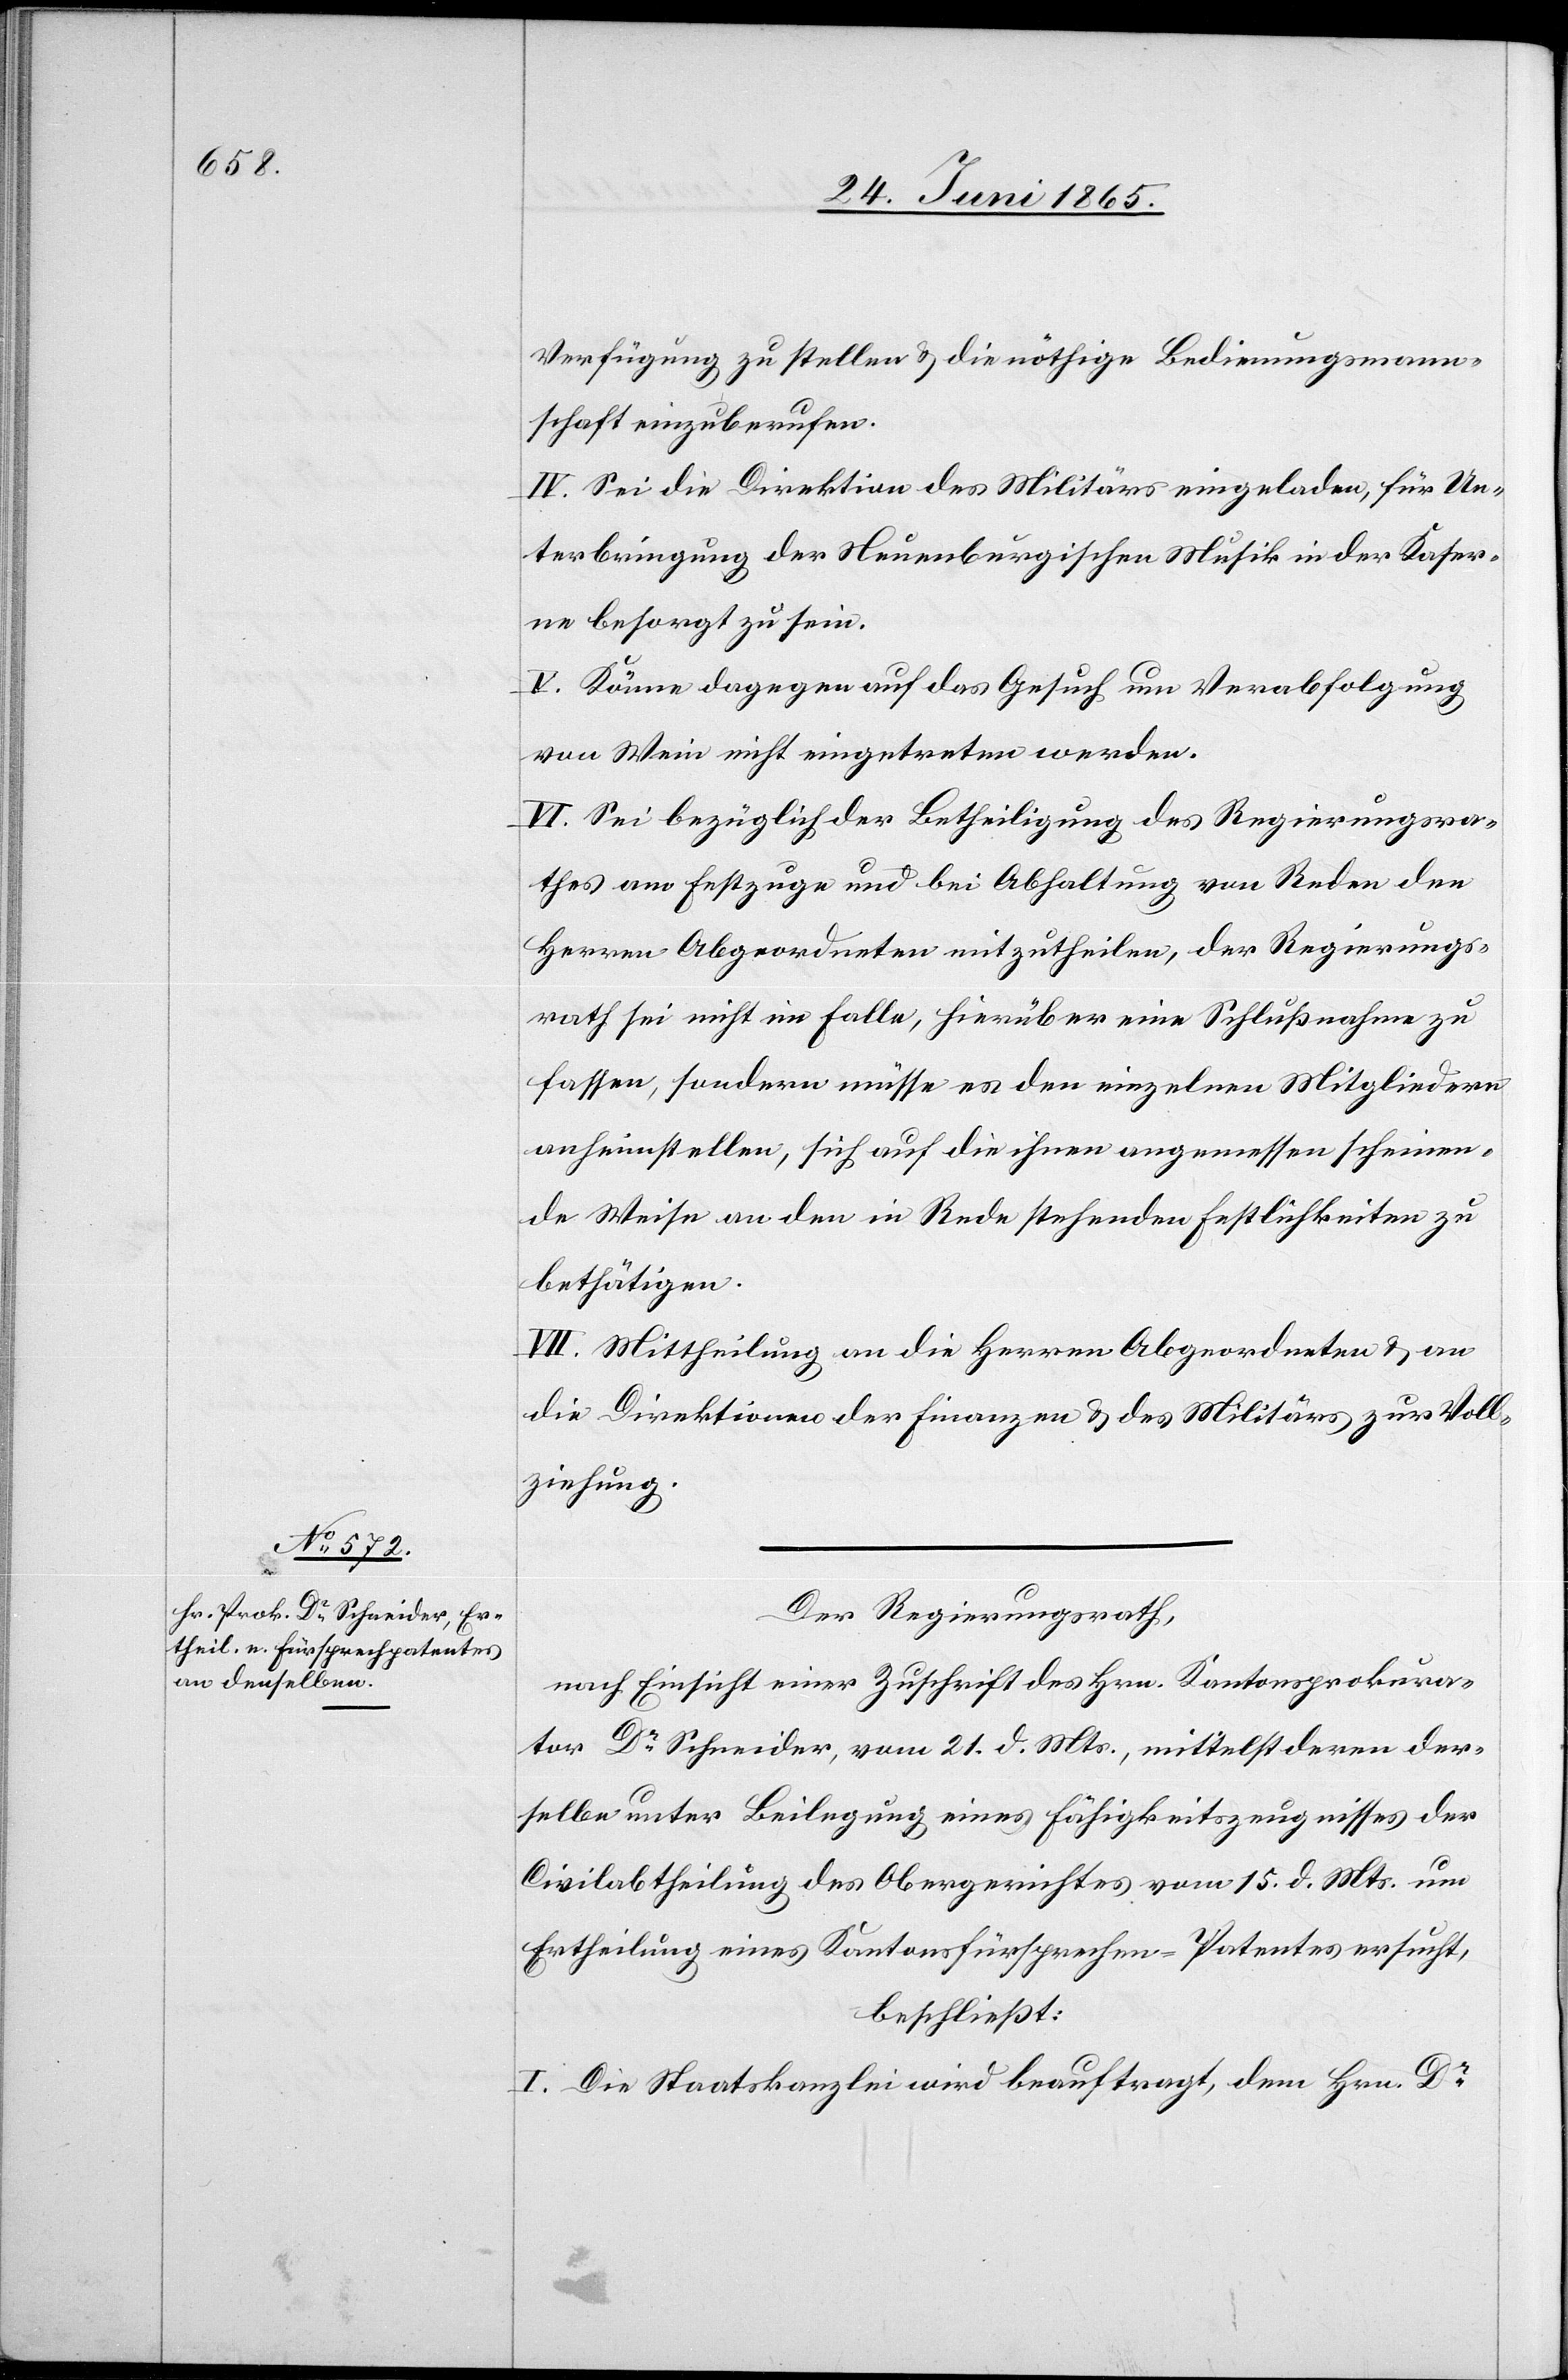
Verfügung zu stellen & die nöthige Bedienungsmann¬
schaft einzuberufen.
IV. Sei die Direktion des Militärs eingeladen, für Un¬
terbringung der Neuenburgischen Musik in der Kaser¬
ne besorgt zu sein.
V. Könne dagegen auf das Gesuch um Verabfolgung
von Wein nicht eingetreten werden.
VI. Sei bezüglich der Betheiligung des Regierungsra¬
thes am Festzuge und bei Abhaltung von Reden den
Herren Abgeordneten mitzutheilen, der Regierungs¬
rath sei nicht im Falle, hierüber eine Schlußnahme zu
fassen, sondern müsse es den einzelnen Mitgliedern
anheimstellen, sich auf die ihnen angemessen scheinen¬
de Weise an den in Rede stehenden Festlichkeiten zu
bethätigen.
VII. Mittheilung an die Herren Abgeordneten & an
die Direktionen der Finanzen & des Militärs zur Voll¬
ziehung.
Der Regierungsrath,
nach Einsicht einer Zuschrift des Hrn. Kantonsprokura¬
tor Dr Schneider, vom 21. d. Mts., mittelst deren der¬
selbe unter Beilegung eines Fähigkeitszeugnisses der
Civilabtheilung des Obergerichtes vom 15. d. Mts. um
Ertheilung eines Kantonsfürsprechen-Patentes ersucht,
beschließt:
I. Die Staatskanzlei wird beauftragt, dem Hrn. Dr